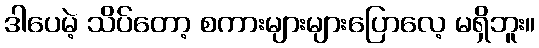
ဒါပေမဲ့ သိပ်တော့ စကားများများပြောလေ့ မရှိဘူး။